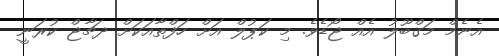
އެނެމް މަގްބޫލު އެއް ޖޯޑެވެ. މި ކަޕުލް އަށް ހަފްތާއަކަށް ދޗާޖް ކުރަނީ